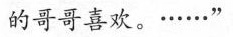
的哥哥喜欢。......”